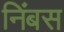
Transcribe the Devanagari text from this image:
निंबस